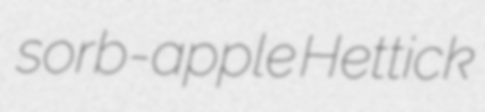
sorb-apple Hettick